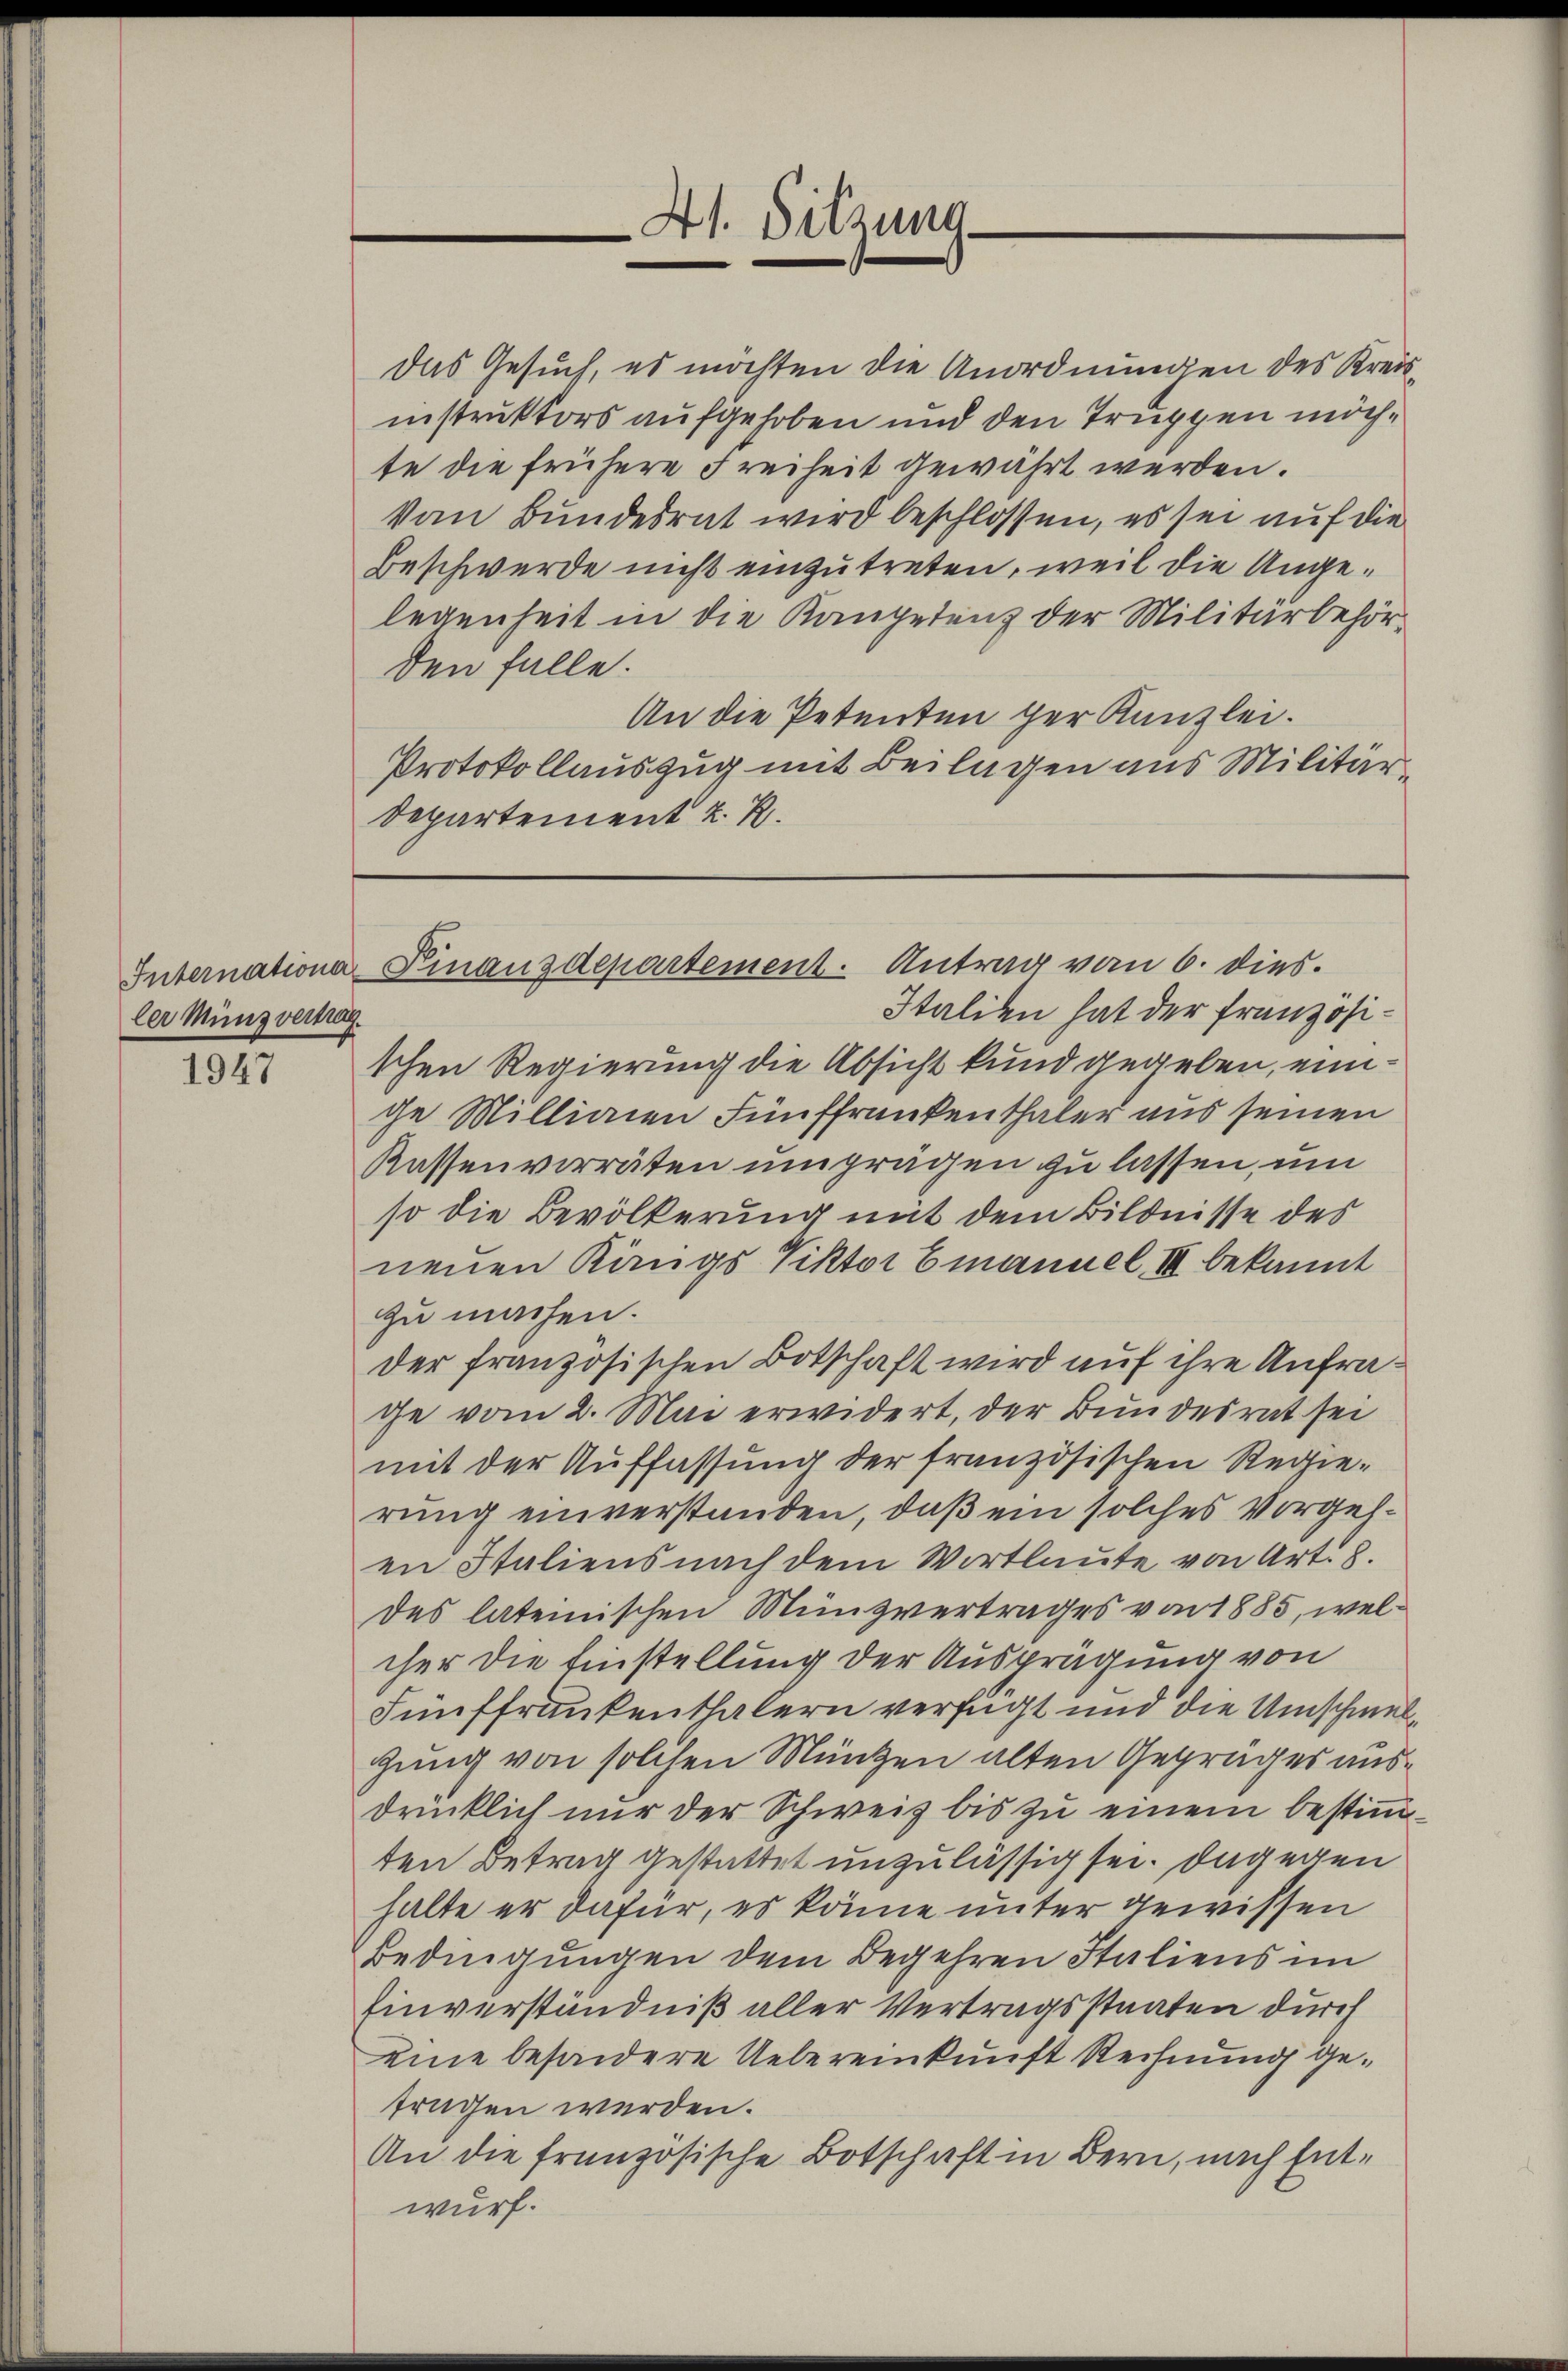
ler Münzvertrag.

1947

das Gesuch, es möchten die Anordnungen des Kreisinstruktors aufgehoben und den Truppen möchte die frühere Freiheit gewährt werden.
Von Bundesrat wird beschlossen, es sei auf die
Beschwerde nicht einzutreten, weil die Angelegenheit in die Kompetenz der Militärbehörden falle.
An die Petenten der Kanzlei.
Protokollauszug mit Beilagen aus Militär¬
Departement u. R.

41. Sitzung.

Internationa Finanzdepartement. Antrag vom 6. dies

Italien hat der Französitchen Regierung die Absicht kund gegeben, einge Millianen Fünffrankenthaler aus seinen
Kassenvorräten unprägen zu lassen, um
so die Bevölkerung mit dem Bildnisse des
neuen Königs Viktor Emanuel III bekannt
zu machen.
der französischen Botschaft wird auf ihre Anfrage vom 2. Mai erwidert, der Bundesrat sei
mit der Auffassung der französischen Regie-
rung einverstanden, daß ein solches Vorgehen Italiens nach dem Wortlaute von Art. 8.
des lateinischen Münzvertrages von 1885, welcher die Einstellung der Ausprägung von
Fünffrankenthalern verfügt und die Umschmelgung von solchen Münzen alten Gepräges ausdrücklich nur der Schweiz bis zu einem bestimmten Betrag gestattet unzulässig sei. Dagegen
halte er dafür, es könne unter gewissen
Bedingungen dem Begehren Italiens im
Einverständniß aller Vertragsstaaten durch
eine besondere Uebereinkunft Rechnung getragen werden.
An die französische Botschaft in Bern, nach Entwurf.